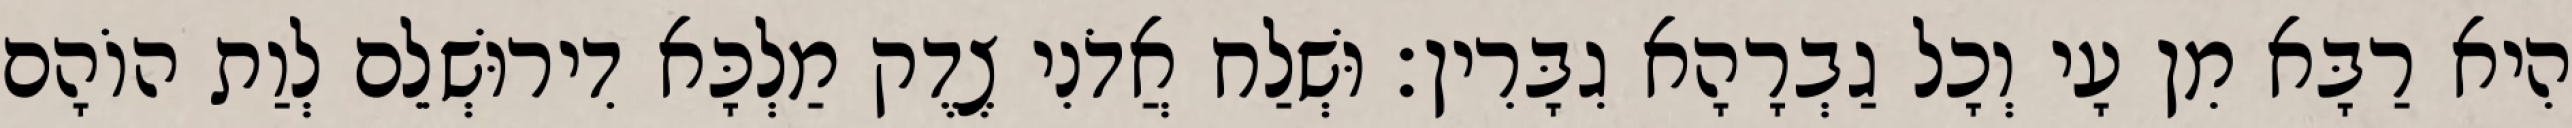
הִיא רַבָּא מִן עָי וְכָל גַבְרָהָא גִבָּרִין׃ וּשְׁלַח אֲדֹנִי צֶדֶק מַלְכָּא דִירוּשְׁלֵם לְוַת הוֹהָם